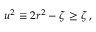
u ^ { 2 } \equiv 2 r ^ { 2 } - \zeta \geq \zeta \, ,